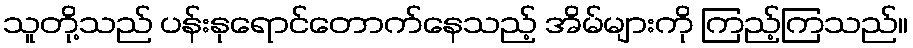
သူတို့သည် ပန်းနုရောင်တောက်နေသည့် အိမ်များကို ကြည့်ကြသည်။